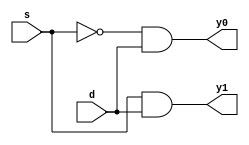
module demux1by2
  (input s,d,
   output y0,y1);
  wire sbar;
  not(sbar,s);
  and (y0,sbar,d),(y1,s,d);
endmodule